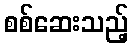
စစ်ဆေးသည့်